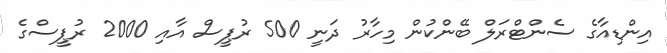
އިންޑިއާގެ ސެންޓްރަލް ބޭންކުން މިހާރު ދަނީ 500 ރުޕީސް އާއި 2000 ރުޕީސްގެ